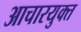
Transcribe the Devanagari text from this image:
आचारयुक्त